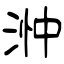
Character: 浺